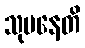
သုမနေတိ